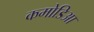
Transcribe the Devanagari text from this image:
कमोडिआ